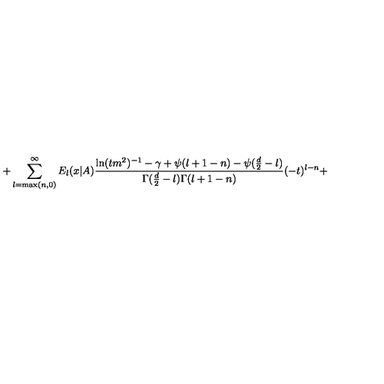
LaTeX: + \sum _ { l = \mathrm { m a x } ( n , 0 ) } ^ { \infty } E _ { l } ( x | A ) \frac { \ln ( t m ^ { 2 } ) ^ { - 1 } - \gamma + \psi ( l + 1 - n ) - \psi ( \frac { d } { 2 } - l ) } { \Gamma ( \frac { d } { 2 } - l ) \Gamma ( l + 1 - n ) } ( - t ) ^ { l - n } +